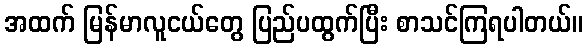
အထက် မြန်မာလူငယ်တွေ ပြည်ပထွက်ပြီး စာသင်ကြရပါတယ်။